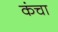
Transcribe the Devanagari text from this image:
कंचा